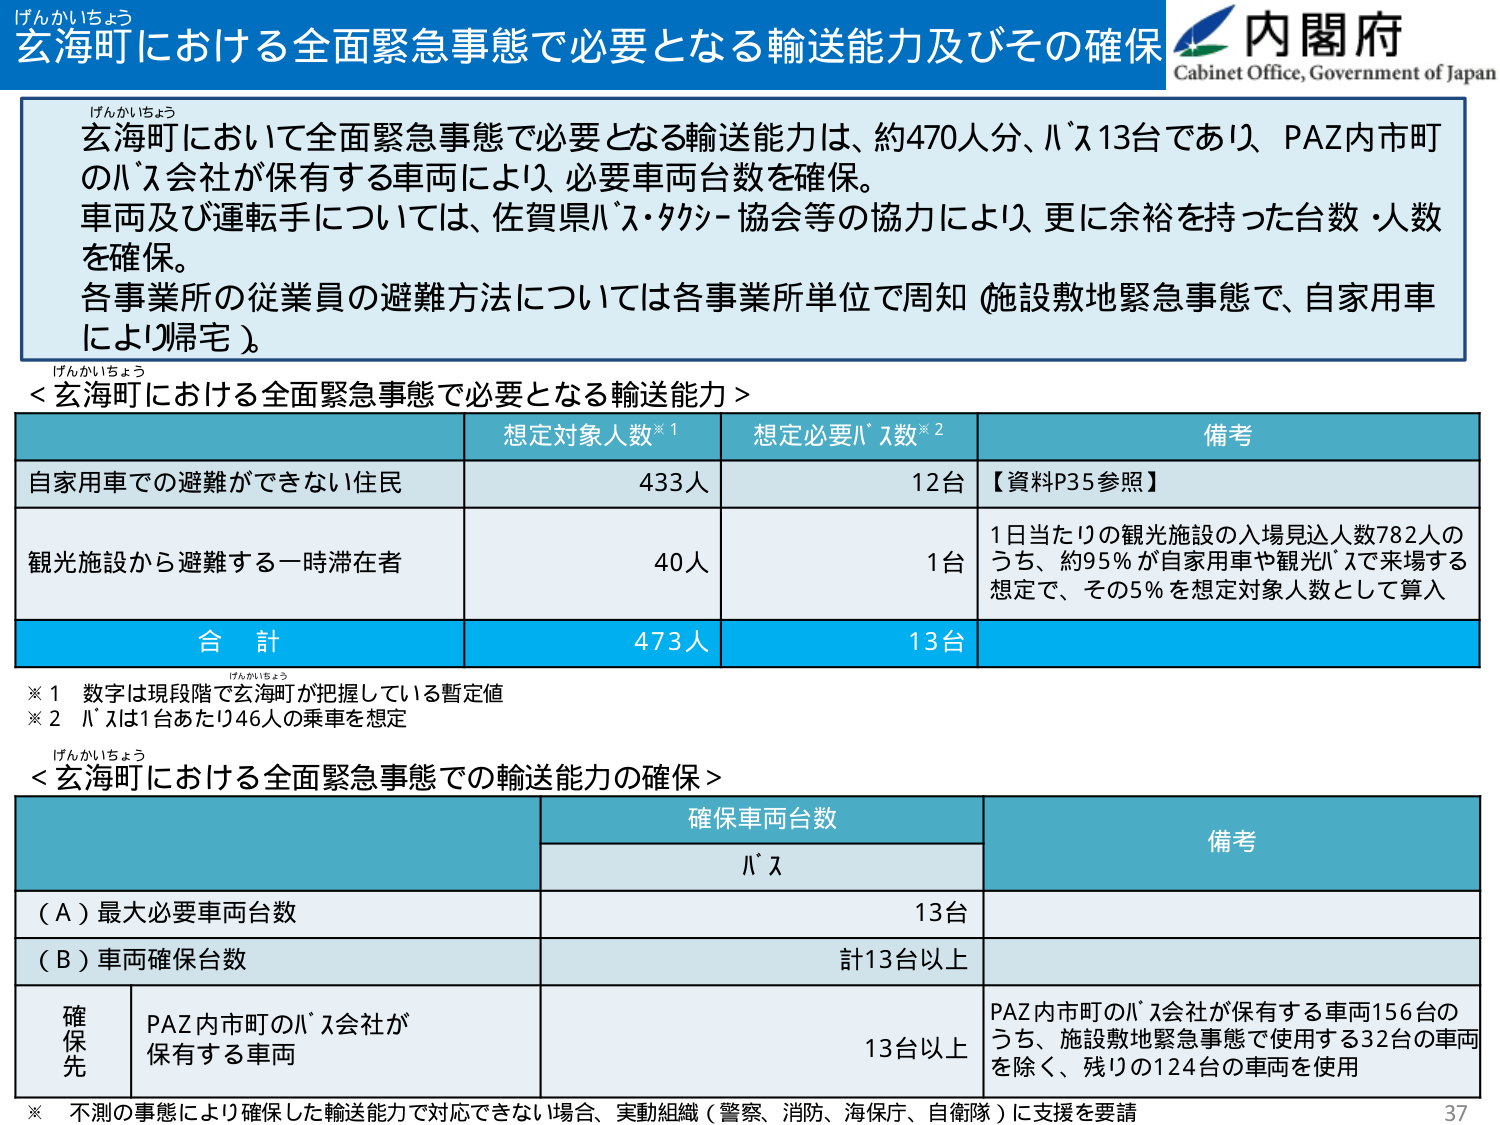
げんかいちょう
玄海町における全面緊急事態で必要となる輸送能力及びその確保
内閣府
Cabinet Office, Government of Japan

げんかいちょう
玄海町において全面緊急事態で必要となる輸送能力は、約470人分、バス13台であり、PAZ内市町のバス会社が保有する車両により、必要車両台数を確保。
車両及び運転手については、佐賀県バス・タクシー協会等の協力により、更に余裕を持った台数・人数を確保。
各事業所の従業員の避難方法については各事業所単位で周知（施設敷地緊急事態で、自家用車により帰宅）。

げんかいちょう
＜玄海町における全面緊急事態で必要となる輸送能力＞

想定対象人数※1　　想定必要バス数※2　　備考
自家用車での避難ができない住民　　　433人　　　12台　　　【資料P35参照】
観光施設から避難する一時滞在者　　　40人　　　1台　　　1日当たりの観光施設の入場見込人数782人のうち、約95％が自家用車や観光バスで来場する想定で、その5％を想定対象人数として算入
合　計　　　　　　　473人　　　13台

※1　数字は現段階で玄海町が把握している暫定値
※2　バスは1台あたり46人の乗車を想定

げんかいちょう
＜玄海町における全面緊急事態での輸送能力の確保＞

確保車両台数　　　　　　　　　　　　　備考
　　　　　　　　バス
（Ａ）最大必要車両台数　　　　　　　　13台
（Ｂ）車両確保台数　　　　　　　　　　計13台以上
確保先　　PAZ内市町のバス会社が保有する車両　　　　　　　13台以上　　　PAZ内市町のバス会社が保有する車両156台のうち、施設敷地緊急事態で使用する32台の車両を除く、残りの124台の車両を使用

※　不測の事態により確保した輸送能力で対応できない場合、実動組織（警察、消防、海保庁、自衛隊）に支援を要請

37